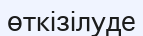
өткізілуде